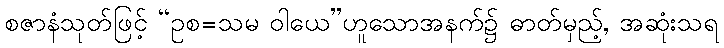
စဇာနံသုတ်ဖြင့် “ဥစ=သမ ဝါယေ”ဟူသောအနက်၌ ဓာတ်မှည့်, အဆုံးသရ